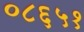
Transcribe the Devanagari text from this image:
०८६५१